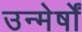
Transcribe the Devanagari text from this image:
उन्मेर्षों